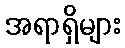
အရာရှိများ